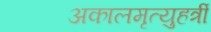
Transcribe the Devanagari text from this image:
अकालमृत्युहर्त्री